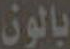
بالون